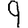
Digit: 9